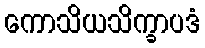
ကောသိယသိက္ခာပဒံ